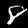
Digit: 8